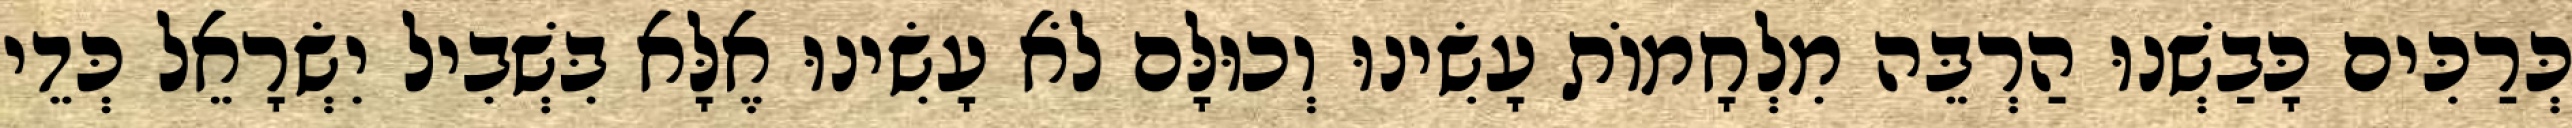
כְּרַכִּים כָּבַשְׁנוּ הַרְבֵּה מִלְחָמוֹת עָשִׂינוּ וְכוּלָּם לֹא עָשִׂינוּ אֶלָּא בִּשְׁבִיל יִשְׂרָאֵל כְּדֵי